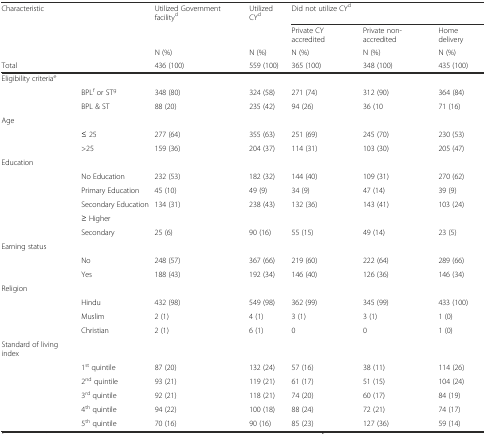
<table><thead><tr><td><b>Characteristic</b></td><td></td><td><b>Utilized Government facility<sup>d</sup></b></td><td><b>Utilized CY<sup>d</sup></b></td><td colspan="3"><b>Did not utilize CY<sup>d</sup></b></td></tr><tr><td></td><td></td><td></td><td></td><td><b>Private CY accredited</b></td><td><b>Private non-accredited</b></td><td><b>Home delivery</b></td></tr><tr><td></td><td></td><td><b>N (%)</b></td><td><b>N (%)</b></td><td><b>N (%)</b></td><td><b>N (%)</b></td><td><b>N (%)</b></td></tr><tr><td><b>Total</b></td><td></td><td><b>436 (100)</b></td><td><b>559 (100)</b></td><td><b>365 (100)</b></td><td><b>348 (100)</b></td><td><b>435 (100)</b></td></tr></thead><tbody><tr><td>Eligibility criteria<sup>e</sup></td><td></td><td></td><td></td><td></td><td></td><td></td></tr><tr><td></td><td>BPL<sup>f</sup> or ST<sup>g</sup></td><td>348 (80)</td><td>324 (58)</td><td>271 (74)</td><td>312 (90)</td><td>364 (84)</td></tr><tr><td></td><td>BPL &amp; ST</td><td>88 (20)</td><td>235 (42)</td><td>94 (26)</td><td>36 (10</td><td>71 (16)</td></tr><tr><td>Age</td><td></td><td></td><td></td><td></td><td></td><td></td></tr><tr><td></td><td>≤ 25</td><td>277 (64)</td><td>355 (63)</td><td>251 (69)</td><td>245 (70)</td><td>230 (53)</td></tr><tr><td></td><td>&gt;25</td><td>159 (36)</td><td>204 (37)</td><td>114 (31)</td><td>103 (30)</td><td>205 (47)</td></tr><tr><td>Education</td><td></td><td></td><td></td><td></td><td></td><td></td></tr><tr><td></td><td>No Education</td><td>232 (53)</td><td>182 (32)</td><td>144 (40)</td><td>109 (31)</td><td>270 (62)</td></tr><tr><td></td><td>Primary Education</td><td>45 (10)</td><td>49 (9)</td><td>34 (9)</td><td>47 (14)</td><td>39 (9)</td></tr><tr><td></td><td>Secondary Education</td><td>134 (31)</td><td>238 (43)</td><td>132 (36)</td><td>143 (41)</td><td>103 (24)</td></tr><tr><td></td><td>≥ Higher</td><td></td><td></td><td></td><td></td><td></td></tr><tr><td></td><td>Secondary</td><td>25 (6)</td><td>90 (16)</td><td>55 (15)</td><td>49 (14)</td><td>23 (5)</td></tr><tr><td>Earning status</td><td></td><td></td><td></td><td></td><td></td><td></td></tr><tr><td></td><td>No</td><td>248 (57)</td><td>367 (66)</td><td>219 (60)</td><td>222 (64)</td><td>289 (66)</td></tr><tr><td></td><td>Yes</td><td>188 (43)</td><td>192 (34)</td><td>146 (40)</td><td>126 (36)</td><td>146 (34)</td></tr><tr><td>Religion</td><td></td><td></td><td></td><td></td><td></td><td></td></tr><tr><td></td><td>Hindu</td><td>432 (98)</td><td>549 (98)</td><td>362 (99)</td><td>345 (99)</td><td>433 (100)</td></tr><tr><td></td><td>Muslim</td><td>2 (1)</td><td>4 (1)</td><td>3 (1)</td><td>3 (1)</td><td>1 (0)</td></tr><tr><td></td><td>Christian</td><td>2 (1)</td><td>6 (1)</td><td>0</td><td>0</td><td>1 (0)</td></tr><tr><td>Standard of living index</td><td></td><td></td><td></td><td></td><td></td><td></td></tr><tr><td></td><td>1<sup>st</sup> quintile</td><td>87 (20)</td><td>132 (24)</td><td>57 (16)</td><td>38 (11)</td><td>114 (26)</td></tr><tr><td></td><td>2<sup>nd</sup> quintile</td><td>93 (21)</td><td>119 (21)</td><td>61 (17)</td><td>51 (15)</td><td>104 (24)</td></tr><tr><td></td><td>3<sup>rd</sup> quintile</td><td>92 (21)</td><td>118 (21)</td><td>74 (20)</td><td>60 (17)</td><td>84 (19)</td></tr><tr><td></td><td>4<sup>th</sup> quintile</td><td>94 (22)</td><td>100 (18)</td><td>88 (24)</td><td>72 (21)</td><td>74 (17)</td></tr><tr><td></td><td>5<sup>th</sup> quintile</td><td>70 (16)</td><td>90 (16)</td><td>85 (23)</td><td>127 (36)</td><td>59 (14)</td></tr></tbody></table>